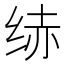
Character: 𱺝